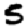
Digit: 5